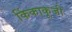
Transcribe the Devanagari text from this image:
किंकाकूजी